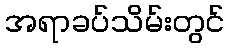
အရာခပ်သိမ်းတွင်